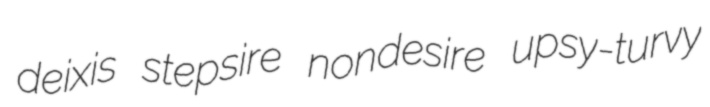
deixis stepsire nondesire upsy-turvy